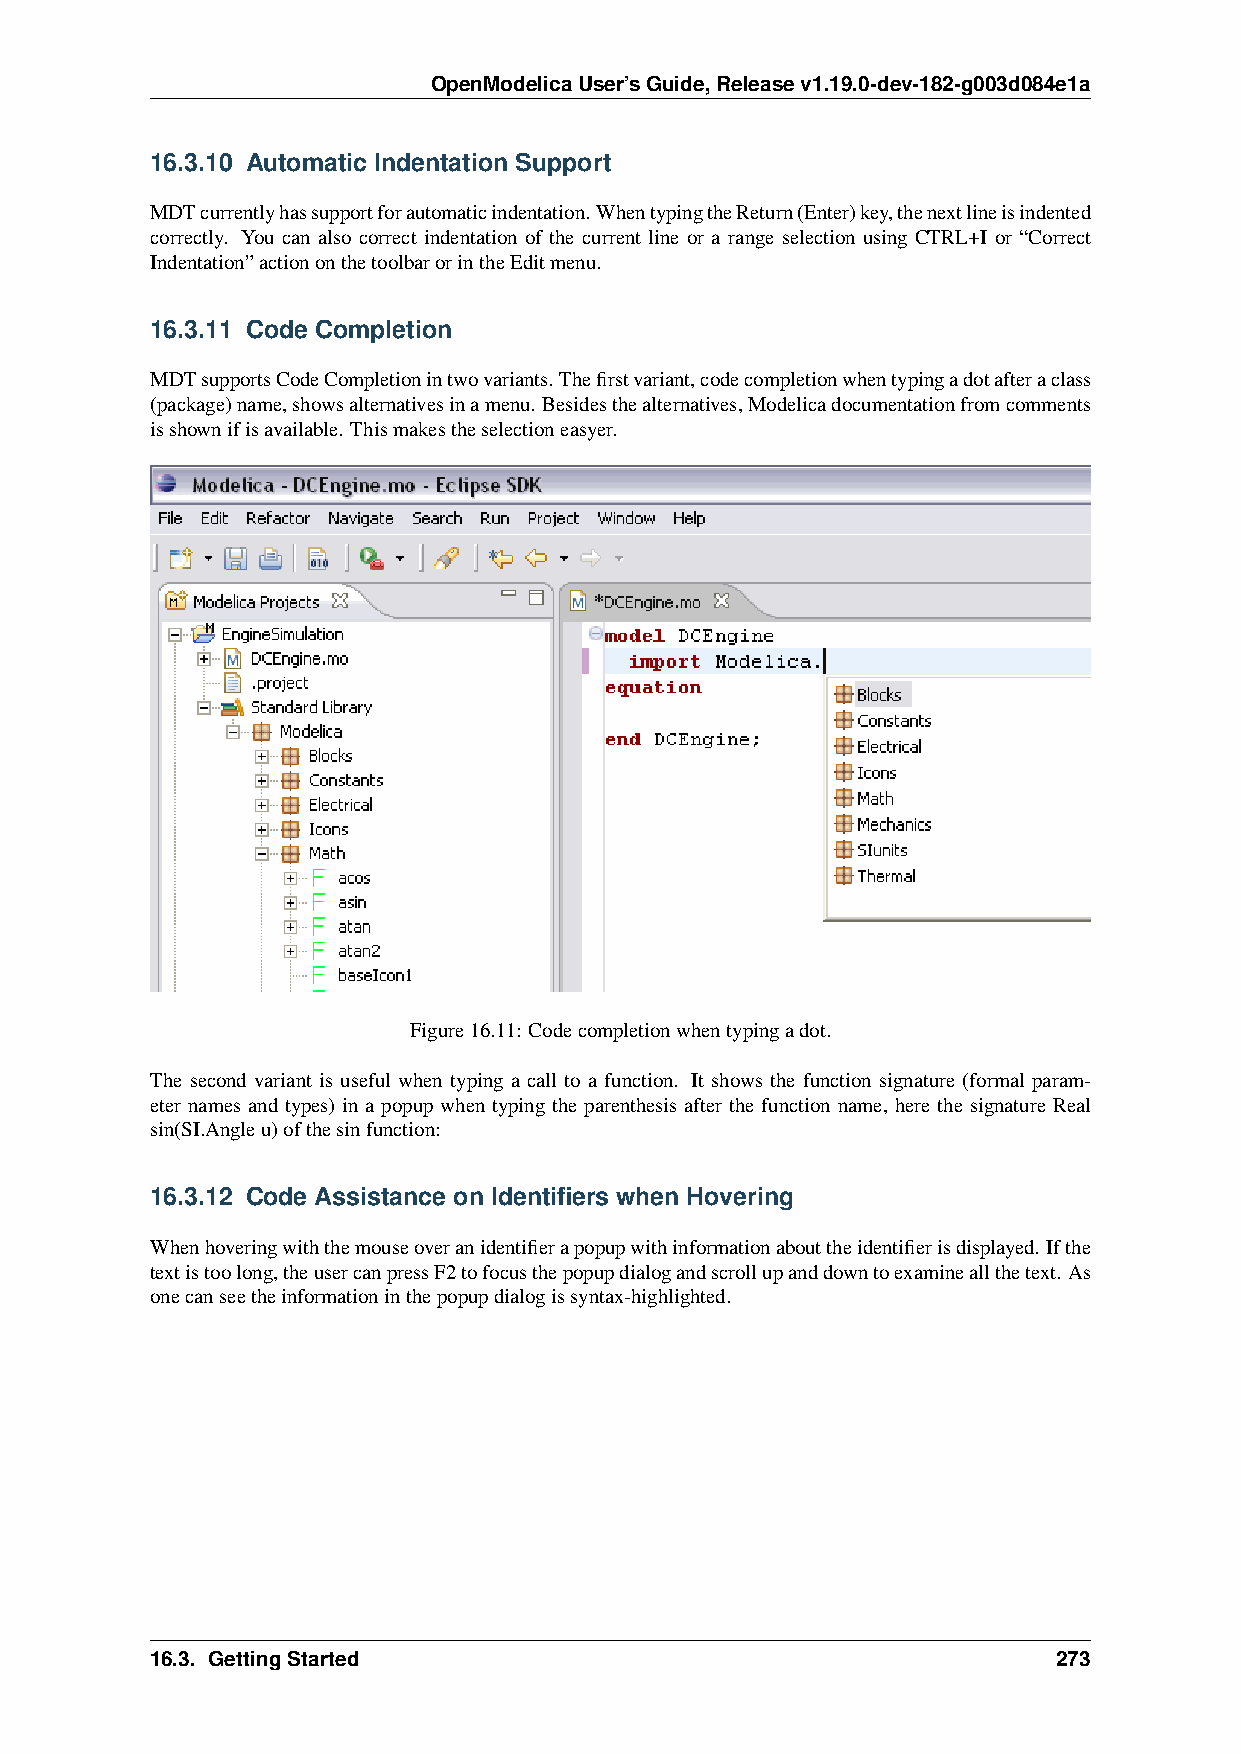
OpenModelicaUser’sGuide,Releasev1.19.0-dev-182-g003d084e1a
 16.3.10 Automatic Indentation Support
 MDTcurrentlyhassupportforautomaticindentation.WhentypingtheReturn(Enter)key,thenextlineisindented
 correctly. You can also correct indentation of the current line or a range selection using CTRL+I or “Correct
 Indentation”actiononthetoolbarorintheEditmenu.
 16.3.11 Code Completion
 MDTsupportsCodeCompletionintwovariants.Thefirstvariant,codecompletionwhentypingadotafteraclass
 (package)name,showsalternativesinamenu. Besidesthealternatives,Modelicadocumentationfromcomments
 isshownifisavailable. Thismakestheselectioneasyer.
 Figure16.11: Codecompletionwhentypingadot.
 The second variant is useful when typing a call to a function. It shows the function signature (formal param-
 eter names and types) in a popup when typing the parenthesis after the function name, here the signature Real
 sin(SI.Angleu)ofthesinfunction:
 16.3.12 Code Assistance on Identifiers when Hovering
 Whenhoveringwiththemouseoveranidentifierapopupwithinformationabouttheidentifierisdisplayed. Ifthe
 textistoolong,theusercanpressF2tofocusthepopupdialogandscrollupanddowntoexamineallthetext. As
 onecanseetheinformationinthepopupdialogissyntax-highlighted.
 16.3. GettingStarted                                        273